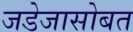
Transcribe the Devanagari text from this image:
जडेजासोबत